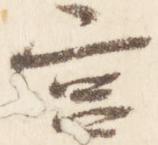
宮